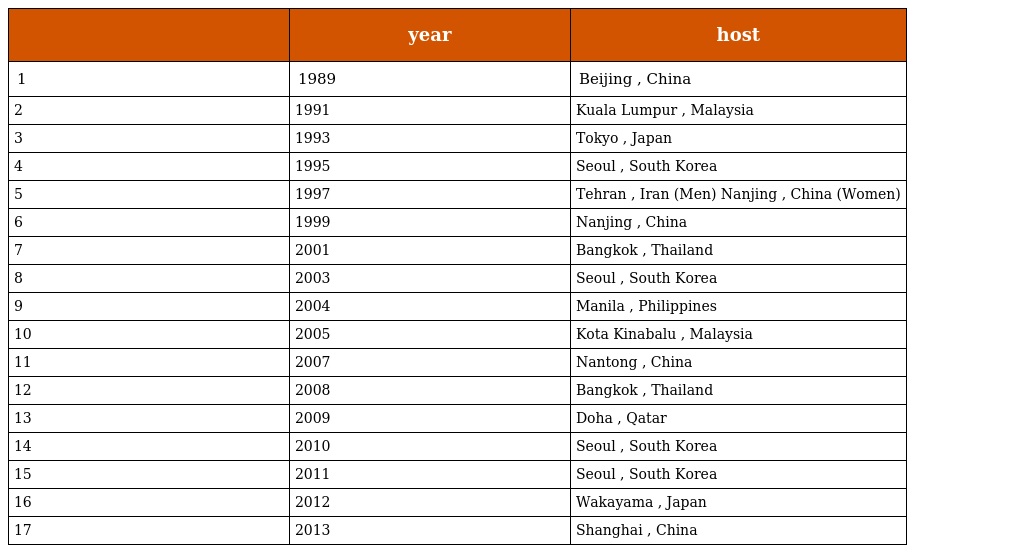
|  | year | host |
 | --- | --- | --- |
 | 1 | 1989 | Beijing , China |
 | 2 | 1991 | Kuala Lumpur , Malaysia |
 | 3 | 1993 | Tokyo , Japan |
 | 4 | 1995 | Seoul , South Korea |
 | 5 | 1997 | Tehran , Iran (Men) Nanjing , China (Women) |
 | 6 | 1999 | Nanjing , China |
 | 7 | 2001 | Bangkok , Thailand |
 | 8 | 2003 | Seoul , South Korea |
 | 9 | 2004 | Manila , Philippines |
 | 10 | 2005 | Kota Kinabalu , Malaysia |
 | 11 | 2007 | Nantong , China |
 | 12 | 2008 | Bangkok , Thailand |
 | 13 | 2009 | Doha , Qatar |
 | 14 | 2010 | Seoul , South Korea |
 | 15 | 2011 | Seoul , South Korea |
 | 16 | 2012 | Wakayama , Japan |
 | 17 | 2013 | Shanghai , China |